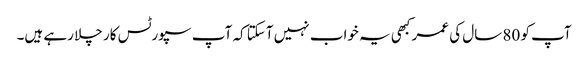
آپ کو 80 سال کی عمر کبھی یہ خواب نہیں آسکتا کہ آپ سپورٹس کار چلا رہے ہیں۔